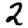
Digit: 2